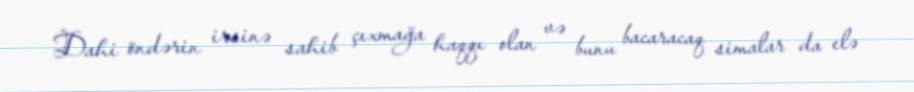
Dahi öndərin irsinə sahib çıxmağa haqqı olan və bunu bacaracaq simalar da elə